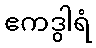
ဧကဒွါရံ